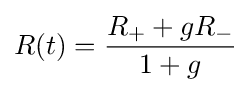
R(t)={\frac {R_{+}+gR_{-}}{1+g}}